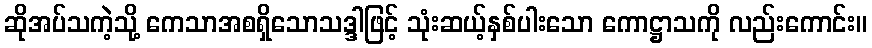
ဆိုအပ်သကဲ့သို့ ကေသာအစရှိသောသဒ္ဒါဖြင့် သုံးဆယ့်နှစ်ပါးသော ကောဋ္ဌာသကို လည်းကောင်း။